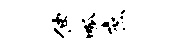
伸呱庶